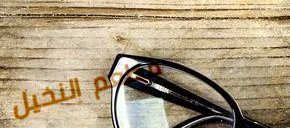
مطعم النخيل